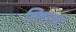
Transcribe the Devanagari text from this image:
स्लिएव